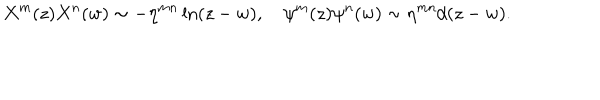
LaTeX: X ^ { m } ( z ) X ^ { n } ( w ) \sim - \eta ^ { m n } \ln ( z - w ) , \quad \psi ^ { m } ( z ) \psi ^ { n } ( w ) \sim \eta ^ { m n } / ( z - w ) .